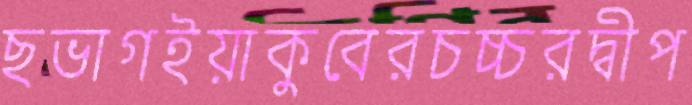
ছভাগইয়াকুবেরচচ্চরদ্বীপ